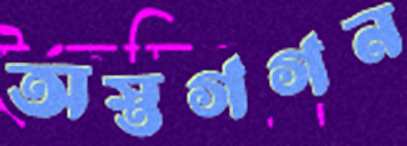
অস্তগগন